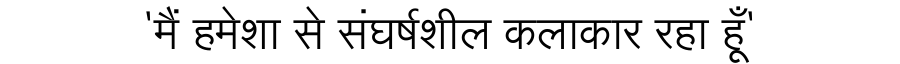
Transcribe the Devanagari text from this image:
'मैं हमेशा से संघर्षशील कलाकार रहा हूँ'